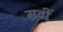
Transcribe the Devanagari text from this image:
मवीं